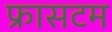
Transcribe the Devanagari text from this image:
फ्रासटम